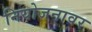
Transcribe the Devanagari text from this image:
नियोजनावर